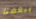
ببعضنا